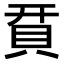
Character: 𧵭